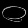
Digit: ၀